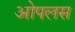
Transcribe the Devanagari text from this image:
ओपलस